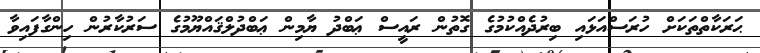
ޙަރަކާތްތަކަށް ހުރަސްއަޅައި ބިރުދެއްކުމުގެ ގޮތުން ރައީސް ޢަބްދު ޔާމިން ޢަބްދުލްޤައްޔޫމުގެ ސަރުކާރުން ހިންގާފައިވާ